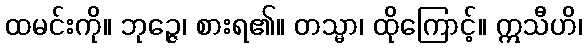
ထမင်းကို။ ဘုဉ္ဇေ၊ စားရ၏။ တသ္မာ၊ ထိုကြောင့်။ ဣသီဟိ၊